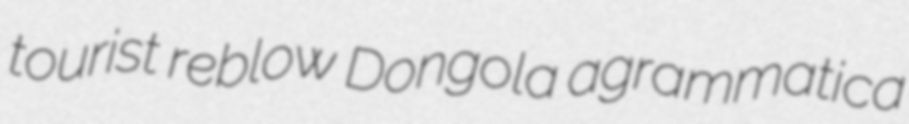
tourist reblow Dongola agrammatica